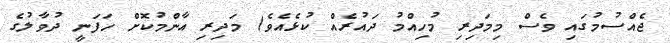
ޖެއްސުމުގައި ވެސް މިމަދިރި މުހިއްމު ދައުރެއް ކުޅެއެވެ) މަދިރި އާންމުކޮށް ހަފަނީ ދުވާލުގެ